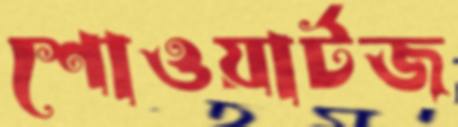
শোওয়ার্টজ